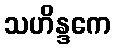
သဟိန္ဒကေ